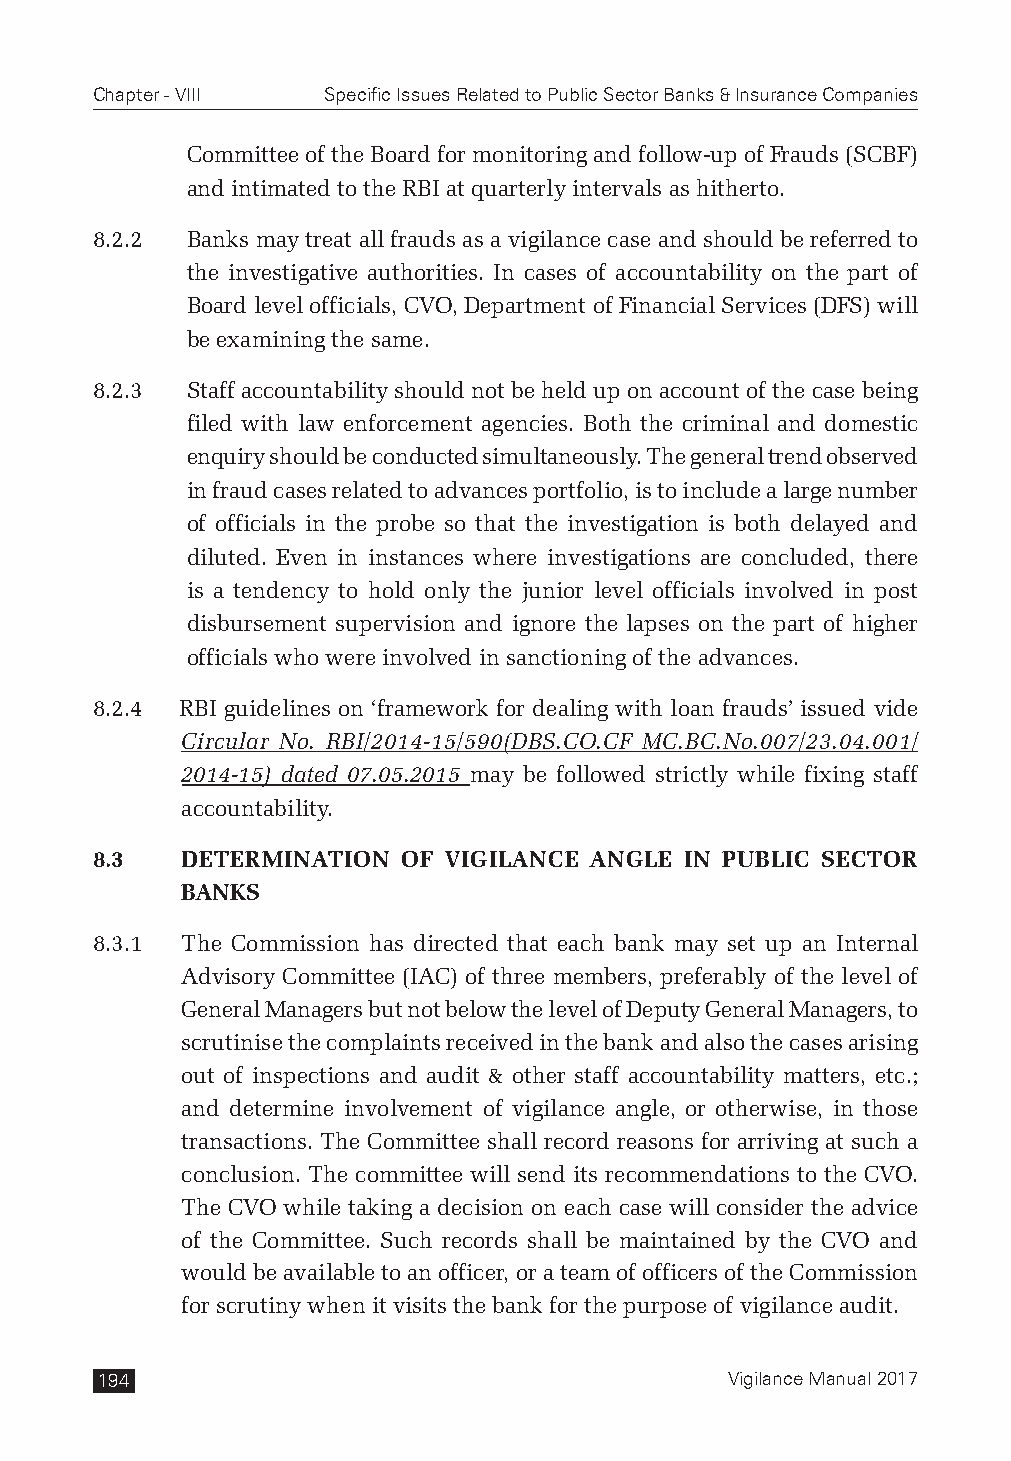
Chapter - VIII Specific Issues Related to Public Sector Banks & Insurance Companies
 Committee of the Board for monitoring and follow-up of Frauds (SCBF)
 and intimated to the RBI at quarterly intervals as hitherto.
 8.2.2 Banks may treat all frauds as a vigilance case and should be referred to
 the investigative authorities. In cases of accountability on the part of
 Board level officials, CVO, Department of Financial Services (DFS) will
 be examining the same.
 8.2.3 Staff accountability should not be held up on account of the case being
 filed with law enforcement agencies. Both the criminal and domestic
 enquiry should be conducted simultaneously. The general trend observed
 in fraud cases related to advances portfolio, is to include a large number
 of officials in the probe so that the investigation is both delayed and
 diluted. Even in instances where investigations are concluded, there
 is a tendency to hold only the junior level officials involved in post
 disbursement supervision and ignore the lapses on the part of higher
 officials who were involved in sanctioning of the advances.
 8.2.4 RBI guidelines on ‘framework for dealing with loan frauds’ issued vide
 Circular No. RBI/2014-15/590(DBS.CO.CF MC.BC.No.007/23.04.001/
 2014-15) dated 07.05.2015 may be followed strictly while fixing staff
 accountability.
 8.3   DETERMINATION  OF VIGILANCE ANGLE IN PUBLIC SECTOR
 BANKS
 8.3.1 The Commission has directed that each bank may set up an Internal
 Advisory Committee (IAC) of three members, preferably of the level of
 General Managers but not below the level of Deputy General Managers, to
 scrutinise the complaints received in the bank and also the cases arising
 out of inspections and audit & other staff accountability matters, etc.;
 and determine involvement of vigilance angle, or otherwise, in those
 transactions. The Committee shall record reasons for arriving at such a
 conclusion. The committee will send its recommendations to the CVO.
 The CVO while taking a decision on each case will consider the advice
 of the Committee. Such records shall be maintained by the CVO and
 would be available to an officer, or a team of officers of the Commission
 for scrutiny when it visits the bank for the purpose of vigilance audit.
 194                                       Vigilance Manual 2017